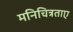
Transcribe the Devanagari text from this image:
मनिचित्रताए